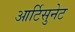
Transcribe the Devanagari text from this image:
आर्टिसुनेट